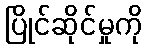
ပြိုင်ဆိုင်မှုကို